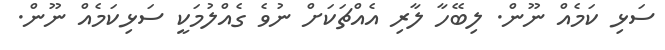
ސަޅި ކަމެއް ނޫން. ލިބޭހާ ލާރި އެއްޗަކަށް ނުވެ ގެއްލުމަކީ ސަޅިކަމެއް ނޫން.